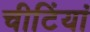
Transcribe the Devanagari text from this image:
चीटिंयां